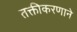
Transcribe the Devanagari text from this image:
तक्तीकरणाने